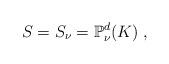
LaTeX: \begin{align*} S=S_\nu=\mathbb{P}_\nu^d(K)\;,\end{align*}